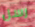
رسل